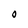
Character: O